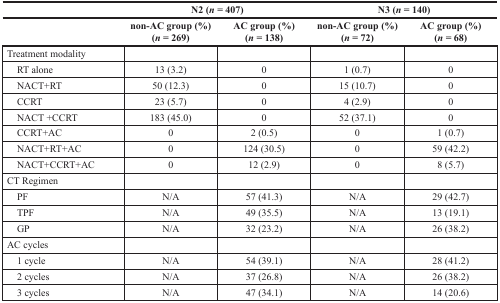
<table><thead><tr><td></td><td colspan="2"><b>N2 (<i>n</i> = 407)</b></td><td colspan="2"><b>N3 (<i>n</i> = 140)</b></td></tr><tr><td></td><td><b>non-AC group (%)(<i>n</i> = 269)</b></td><td><b>AC group (%)(<i>n</i> = 138)</b></td><td><b>non-AC group (%)(<i>n</i> = 72)</b></td><td><b>AC group (%)(<i>n</i> = 68)</b></td></tr></thead><tbody><tr><td>Treatment modality</td><td></td><td></td><td></td><td></td></tr><tr><td> RT alone</td><td>13 (3.2)</td><td>0</td><td>1 (0.7)</td><td>0</td></tr><tr><td> NACT+RT</td><td>50 (12.3)</td><td>0</td><td>15 (10.7)</td><td>0</td></tr><tr><td> CCRT</td><td>23 (5.7)</td><td>0</td><td>4 (2.9)</td><td>0</td></tr><tr><td> NACT +CCRT</td><td>183 (45.0)</td><td>0</td><td>52 (37.1)</td><td>0</td></tr><tr><td> CCRT+AC</td><td>0</td><td>2 (0.5)</td><td>0</td><td>1 (0.7)</td></tr><tr><td> NACT+RT+AC</td><td>0</td><td>124 (30.5)</td><td>0</td><td>59 (42.2)</td></tr><tr><td> NACT+CCRT+AC</td><td>0</td><td>12 (2.9)</td><td>0</td><td>8 (5.7)</td></tr><tr><td>CT Regimen</td><td></td><td></td><td></td><td></td></tr><tr><td> PF</td><td>N/A</td><td>57 (41.3)</td><td>N/A</td><td>29 (42.7)</td></tr><tr><td> TPF</td><td>N/A</td><td>49 (35.5)</td><td>N/A</td><td>13 (19.1)</td></tr><tr><td> GP</td><td>N/A</td><td>32 (23.2)</td><td>N/A</td><td>26 (38.2)</td></tr><tr><td>AC cycles</td><td></td><td></td><td></td><td></td></tr><tr><td> 1 cycle</td><td>N/A</td><td>54 (39.1)</td><td>N/A</td><td>28 (41.2)</td></tr><tr><td> 2 cycles</td><td>N/A</td><td>37 (26.8)</td><td>N/A</td><td>26 (38.2)</td></tr><tr><td> 3 cycles</td><td>N/A</td><td>47 (34.1)</td><td>N/A</td><td>14 (20.6)</td></tr></tbody></table>